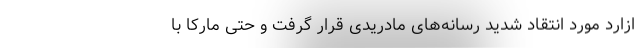
ازارد مورد انتقاد شدید رسانه‌های مادریدی قرار گرفت و حتی مارکا با